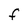
Character: F